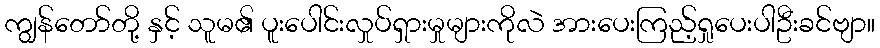
ကျွန်တော်တို့ နှင့် သူမ၏ ပူးပေါင်းလှုပ်ရှားမှုများကိုလဲ အားပေးကြည့်ရှုပေးပါဦးခင်ဗျာ။